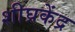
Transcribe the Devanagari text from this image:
शीघ्रकेंद्र